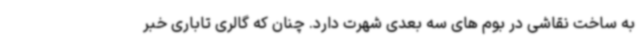
به ساخت نقاشی در بوم های سه بعدی شهرت دارد. چنان که گالری تاباری خبر